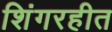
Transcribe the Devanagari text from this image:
शिंगरहीत